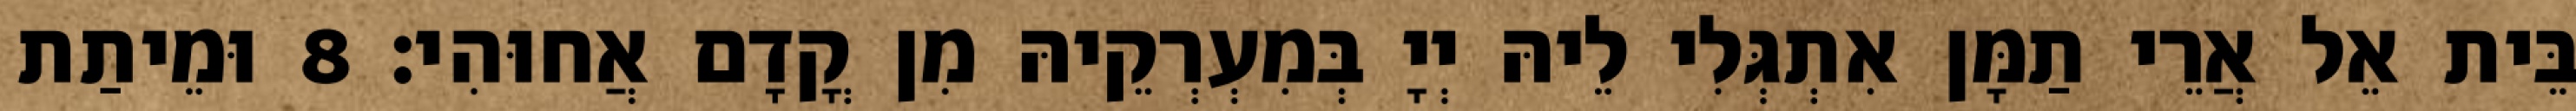
בֵּית אֵל אֲרֵי תַמָּן אִתְגְּלִי לֵיהּ יְיָ בְּמִעְרְקֵיהּ מִן קֳדָם אֲחוּהִי׃ 8 וּמֵיתַת